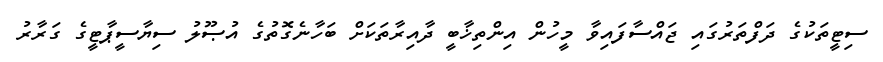
ސިޓީތަކުގެ ދަފްތަރުގައި ޖައްސާފައިވާ މީހުން އިންތިޚާބީ ދާއިރާތަކަށް ބަހާނެގޮތުގެ އުޞޫލު ސިޔާސީޕާޓީގެ ގަރާރު